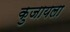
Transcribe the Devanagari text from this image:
कुजायला